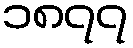
၁၈၇၇